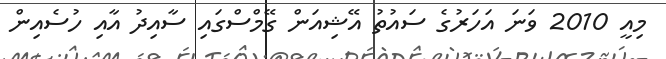
މިއީ 2010 ވަނަ އަހަރުގެ ސައުތު އޭޝިއަން ގޭމްސްގައި ސާއިދު އާއި ހުސެއިން